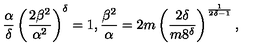
\frac { \alpha } { \delta } \left( \frac { 2 \beta ^ { 2 } } { \alpha ^ { 2 } } \right) ^ { \delta } = 1 , \frac { \beta ^ { 2 } } { \alpha } = 2 m \left( \frac { 2 \delta } { m 8 ^ { \delta } } \right) ^ { \frac { 1 } { 2 \delta - 1 } } ,